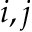
i , j